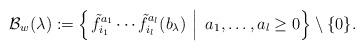
LaTeX: \begin{align*}\mathcal{B}_w(\lambda) := \left\{ \left. \tilde{f}_{i_1}^{a_1} \cdots \tilde{f}_{i_l}^{a_l} (b_\lambda) \ \right| \ a_1, \ldots, a_l \geq 0 \right\} \setminus \{ 0 \}.\end{align*}